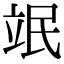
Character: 䇇